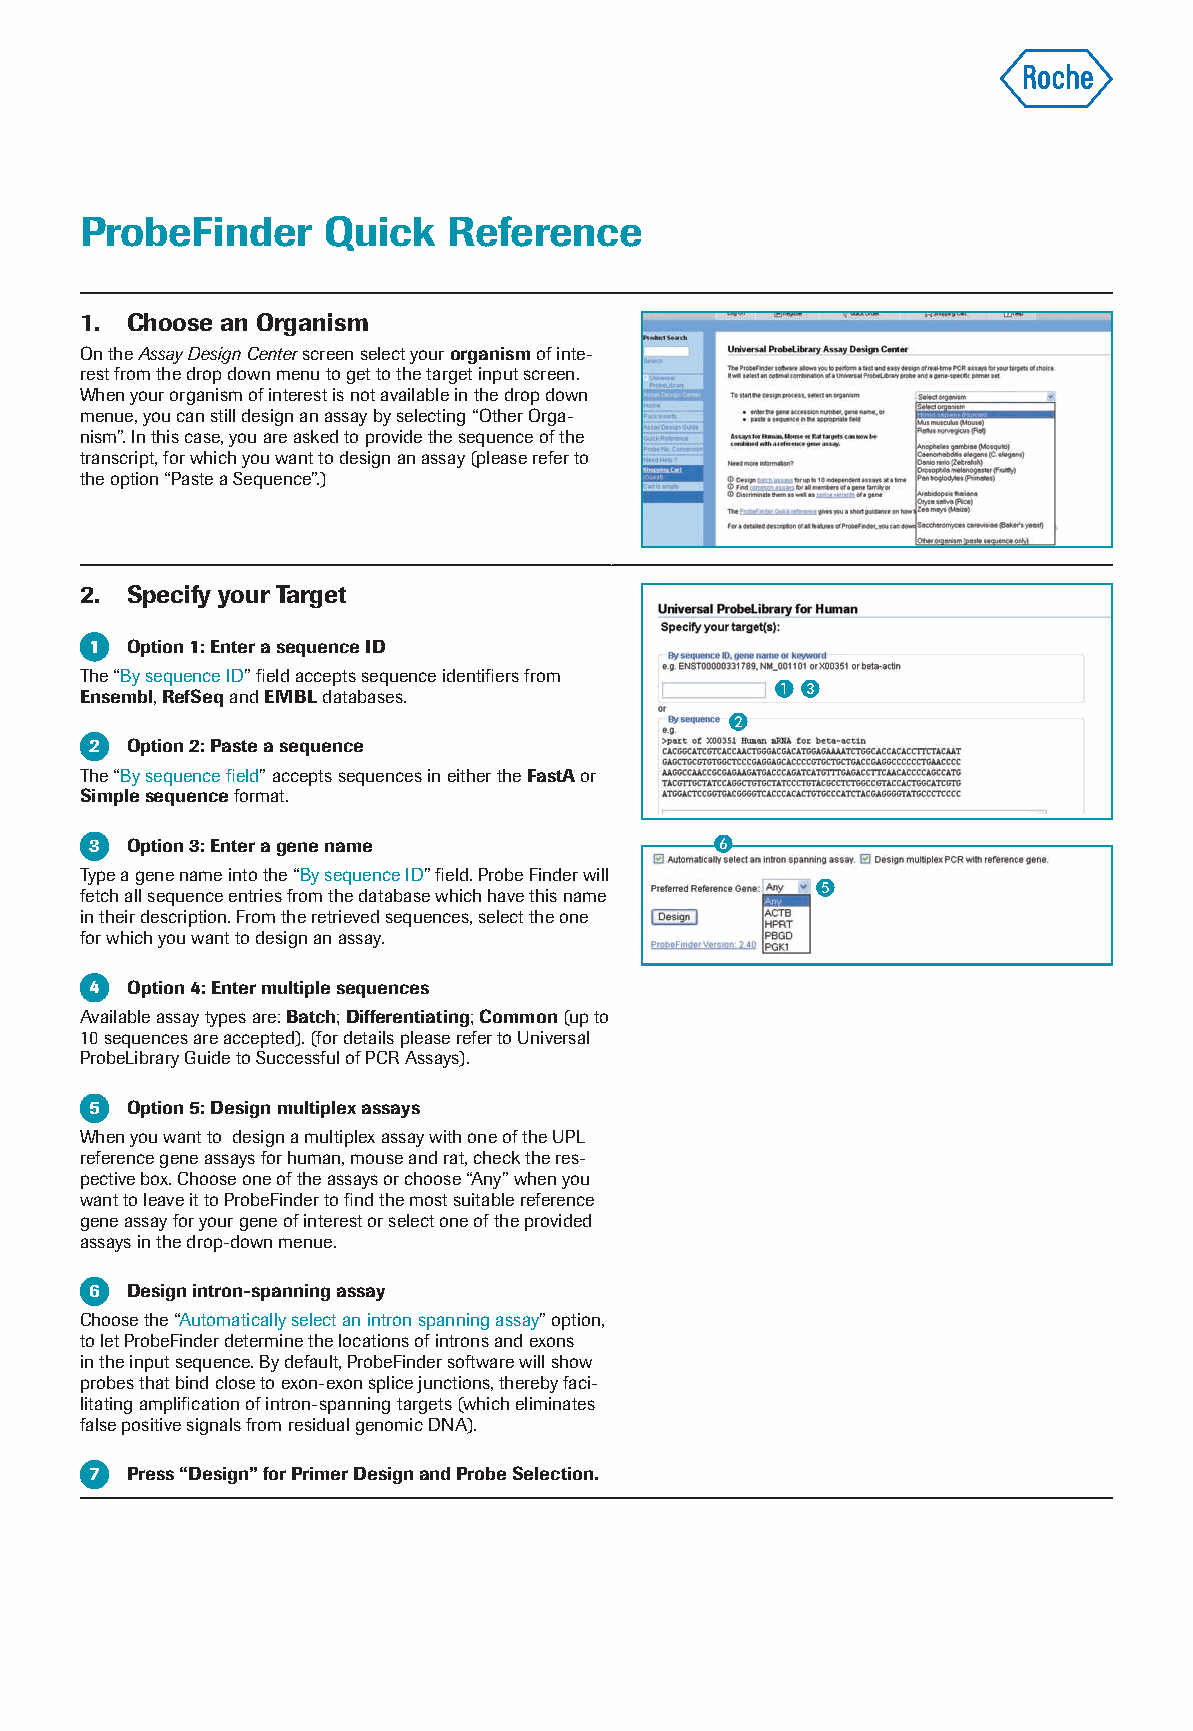
ProbeFinder     Quick    Reference
 1. Choose an Organism
 On the Assay Design Center screen select your organism of inte-
 rest from the drop down menu to get to the target input screen.
 When your organism of interest is not available in the drop down
 menue, you can still design an assay by selecting “Other Orga-
 nism”. In this case, you are asked to provide the sequence of the
 transcript, for which you want to design an assay (please refer to
 the option “Paste a Sequence”.)
 2. Specify your Target
 1 Option 1: Enter a sequence ID
 The “By sequence ID” field accepts sequence identifiers from
  
 Ensembl, RefSeq and EMBL databases.
 
 2 Option 2: Paste a sequence
 The “By sequence field” accepts sequences in either the FastA or
 Simple sequence format.
 3 Option 3: Enter a gene name            
 Type a gene name into the “By sequence ID” field. Probe Finder will
 
 fetch all sequence entries from the database which have this name
 in their description. From the retrieved sequences, select the one
 for which you want to design an assay.
 4 Option 4: Enter multiple sequences
 Available assay types are: Batch; Differentiating; Common (up to
 10 sequences are accepted). (for details please refer to Universal
 ProbeLibrary Guide to Successful of PCR Assays).
 5 Option 5: Design multiplex assays
 When you want to design a multiplex assay with one of the UPL
 reference gene assays for human, mouse and rat, check the res-
 pective box. Choose one of the assays or choose “Any” when you
 want to leave it to ProbeFinder to find the most suitable reference
 gene assay for your gene of interest or select one of the provided
 assays in the drop-down menue.
 6 Design intron-spanning assay
 Choose the “Automatically select an intron spanning assay” option,
 to let ProbeFinder determine the locations of introns and exons
 in the input sequence. By default, ProbeFinder software will show
 probes that bind close to exon-exon splice junctions, thereby faci-
 litating amplification of intron-spanning targets (which eliminates
 false positive signals from residual genomic DNA).
 7 P ress “Design” for Primer Design and Probe Selection.